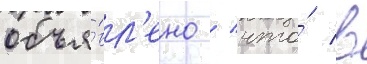
объя́вл'ено / что́ в